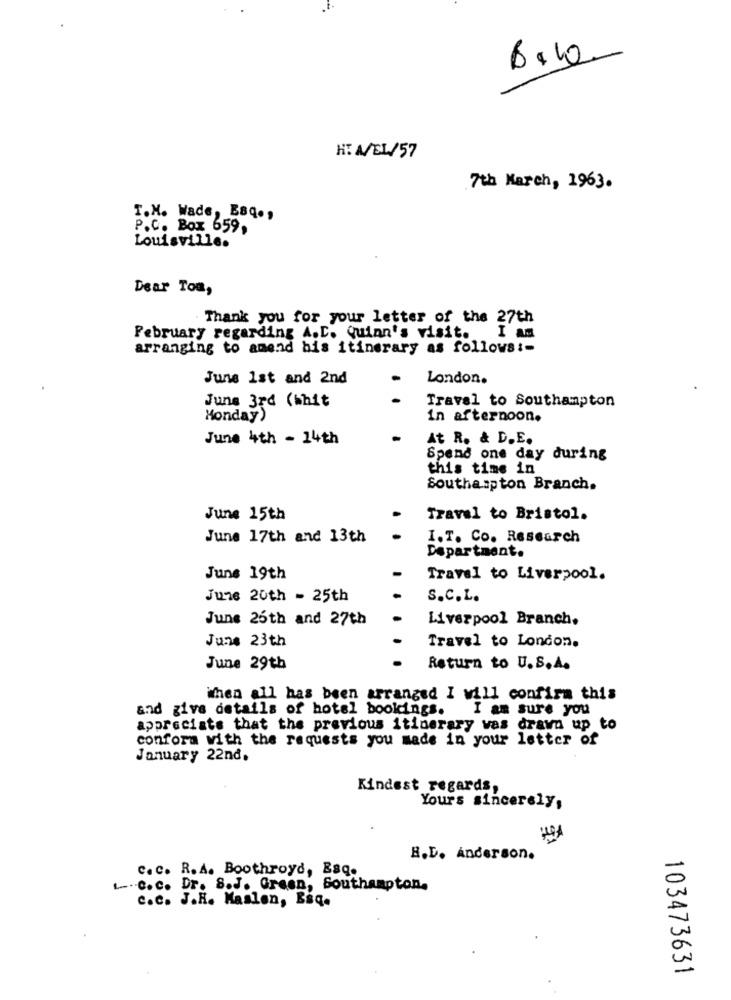
HT A/EL/57
7th March, 1963.
T.M. Wade, BBQ .,
P.C. Box 659,
Louisville.
Dear Tom,
Thank you for your letter of the 27th
February regarding A. D. Quinn's visit.
arranging to amend bis itinerary as follows :-
June 1st and 2nd
London.
Travel to Southampton
June 3rd (whit
Monday)
in afternoon.
June 4th - 14th
At R. & D.E.
Spend one day during
this time in
Southampton Branch.
June 15th
Travel to Bristol.
June 17th and 13th
I.T. Co. Research
Department.
Juns 19th
Travel to Liverpool.
June 20th - 25th
.
S.C.L.
June 26th and 27th
Liverpool Branch.
June 23th
Travel to London.
June 29th
Return to U.S.A.
When all has been arranged I will confirm this
and give details of hotel bookings.
I am sure you
appreciate that the previous itinerary vas drawn up to
confora with the requests you made in your letter of
January 22nd,
Kindest regards,
Yours sincerely,
R.D. Anderson.
c.c. R.A. Boothroyd, Esq.
L --. C.c. Dr. 8.J. Green, Southampton.
c.c. J.H. Maslen, Baq.
103473631